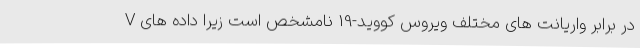
V در برابر واریانت های مختلف ویروس کووید-19 نامشخص است زیرا داده های